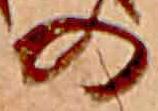
の